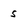
Character: s